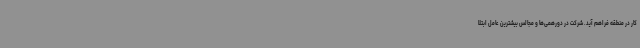
کار در منطقه فراهم آید. شرکت در دورهمی‌ها و مجالس بیشترین عامل ابتلا